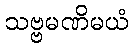
သဗ္ဗမဏိမယံ